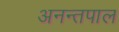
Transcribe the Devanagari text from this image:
अनन्तपाल